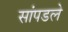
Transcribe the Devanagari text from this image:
सांपडले